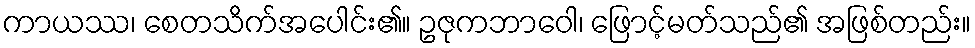
ကာယဿ၊ စေတသိက်အပေါင်း၏။ ဥဇုကဘာဝေါ၊ ဖြောင့်မတ်သည်၏ အဖြစ်တည်း။